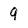
Character: 9